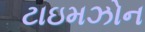
ટાઇમઝોન